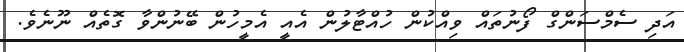
އަދި ސެމްސަންގް ފޯނުތައް ވިއްކުން ހުއްޓާލުން އެއީ އެމީހުން ބޭނުންވާ ގޮތެއް ނޫނެވެ.